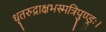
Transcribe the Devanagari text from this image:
धृतरुद्राक्षभस्मत्रिपुण्ड्रः।